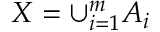
\textstyle X = \cup _ { i = 1 } ^ { m } A _ { i }